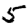
Digit: 5